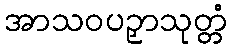
အာသဝပဉှာသုတ္တံ